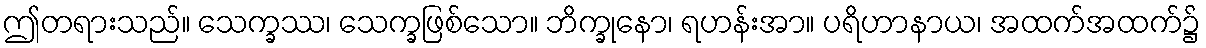
ဤတရားသည်။ သေက္ခဿ၊ သေက္ခဖြစ်သော။ ဘိက္ခုနော၊ ရဟန်းအာ။ ပရိဟာနာယ၊ အထက်အထက်၌